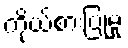
ကိုယ်စားပြုမှု